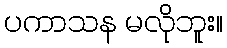
ပကာသန မလိုဘူး။